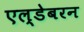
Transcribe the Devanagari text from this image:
एल्डेबरन